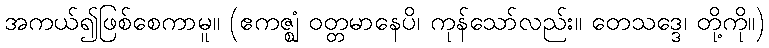
အကယ်၍ဖြစ်စေကာမူ။ (ဧကဇ္ဈံ ဝတ္တမာနေပိ၊ ကုန်သော်လည်း။ တေသဒ္ဒေ၊ တို့ကို။)